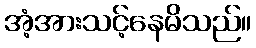
အံ့အားသင့်နေမိသည်။